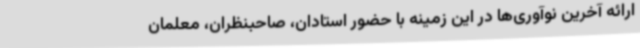
ارائه آخرین نوآوری‌ها در این زمینه با حضور استادان، صاحبنظران، معلمان